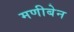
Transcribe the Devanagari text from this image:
मणीबेन